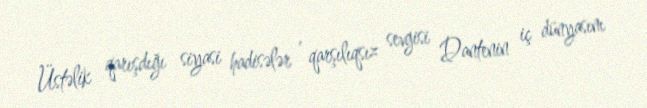
Üstəlik qarışdığı siyasi hadisələr , qarşılıqsız sevgisi Dantenin iç dünyasını